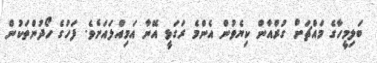
ބަލިމީހާގެ މައްޗަށް ގުރްއާން ކިޔެވުން އެންމެ ރަގަޅީ އޭނާ އަމިއްލައަށެވެ. ފަހުގެ ހޯދުންތަކުން